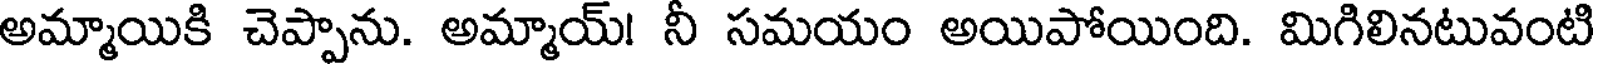
అమ్మాయికి చెప్పాను. అమ్మాయ్! నీ సమయం అయిపోయింది. మిగిలినటువంటి